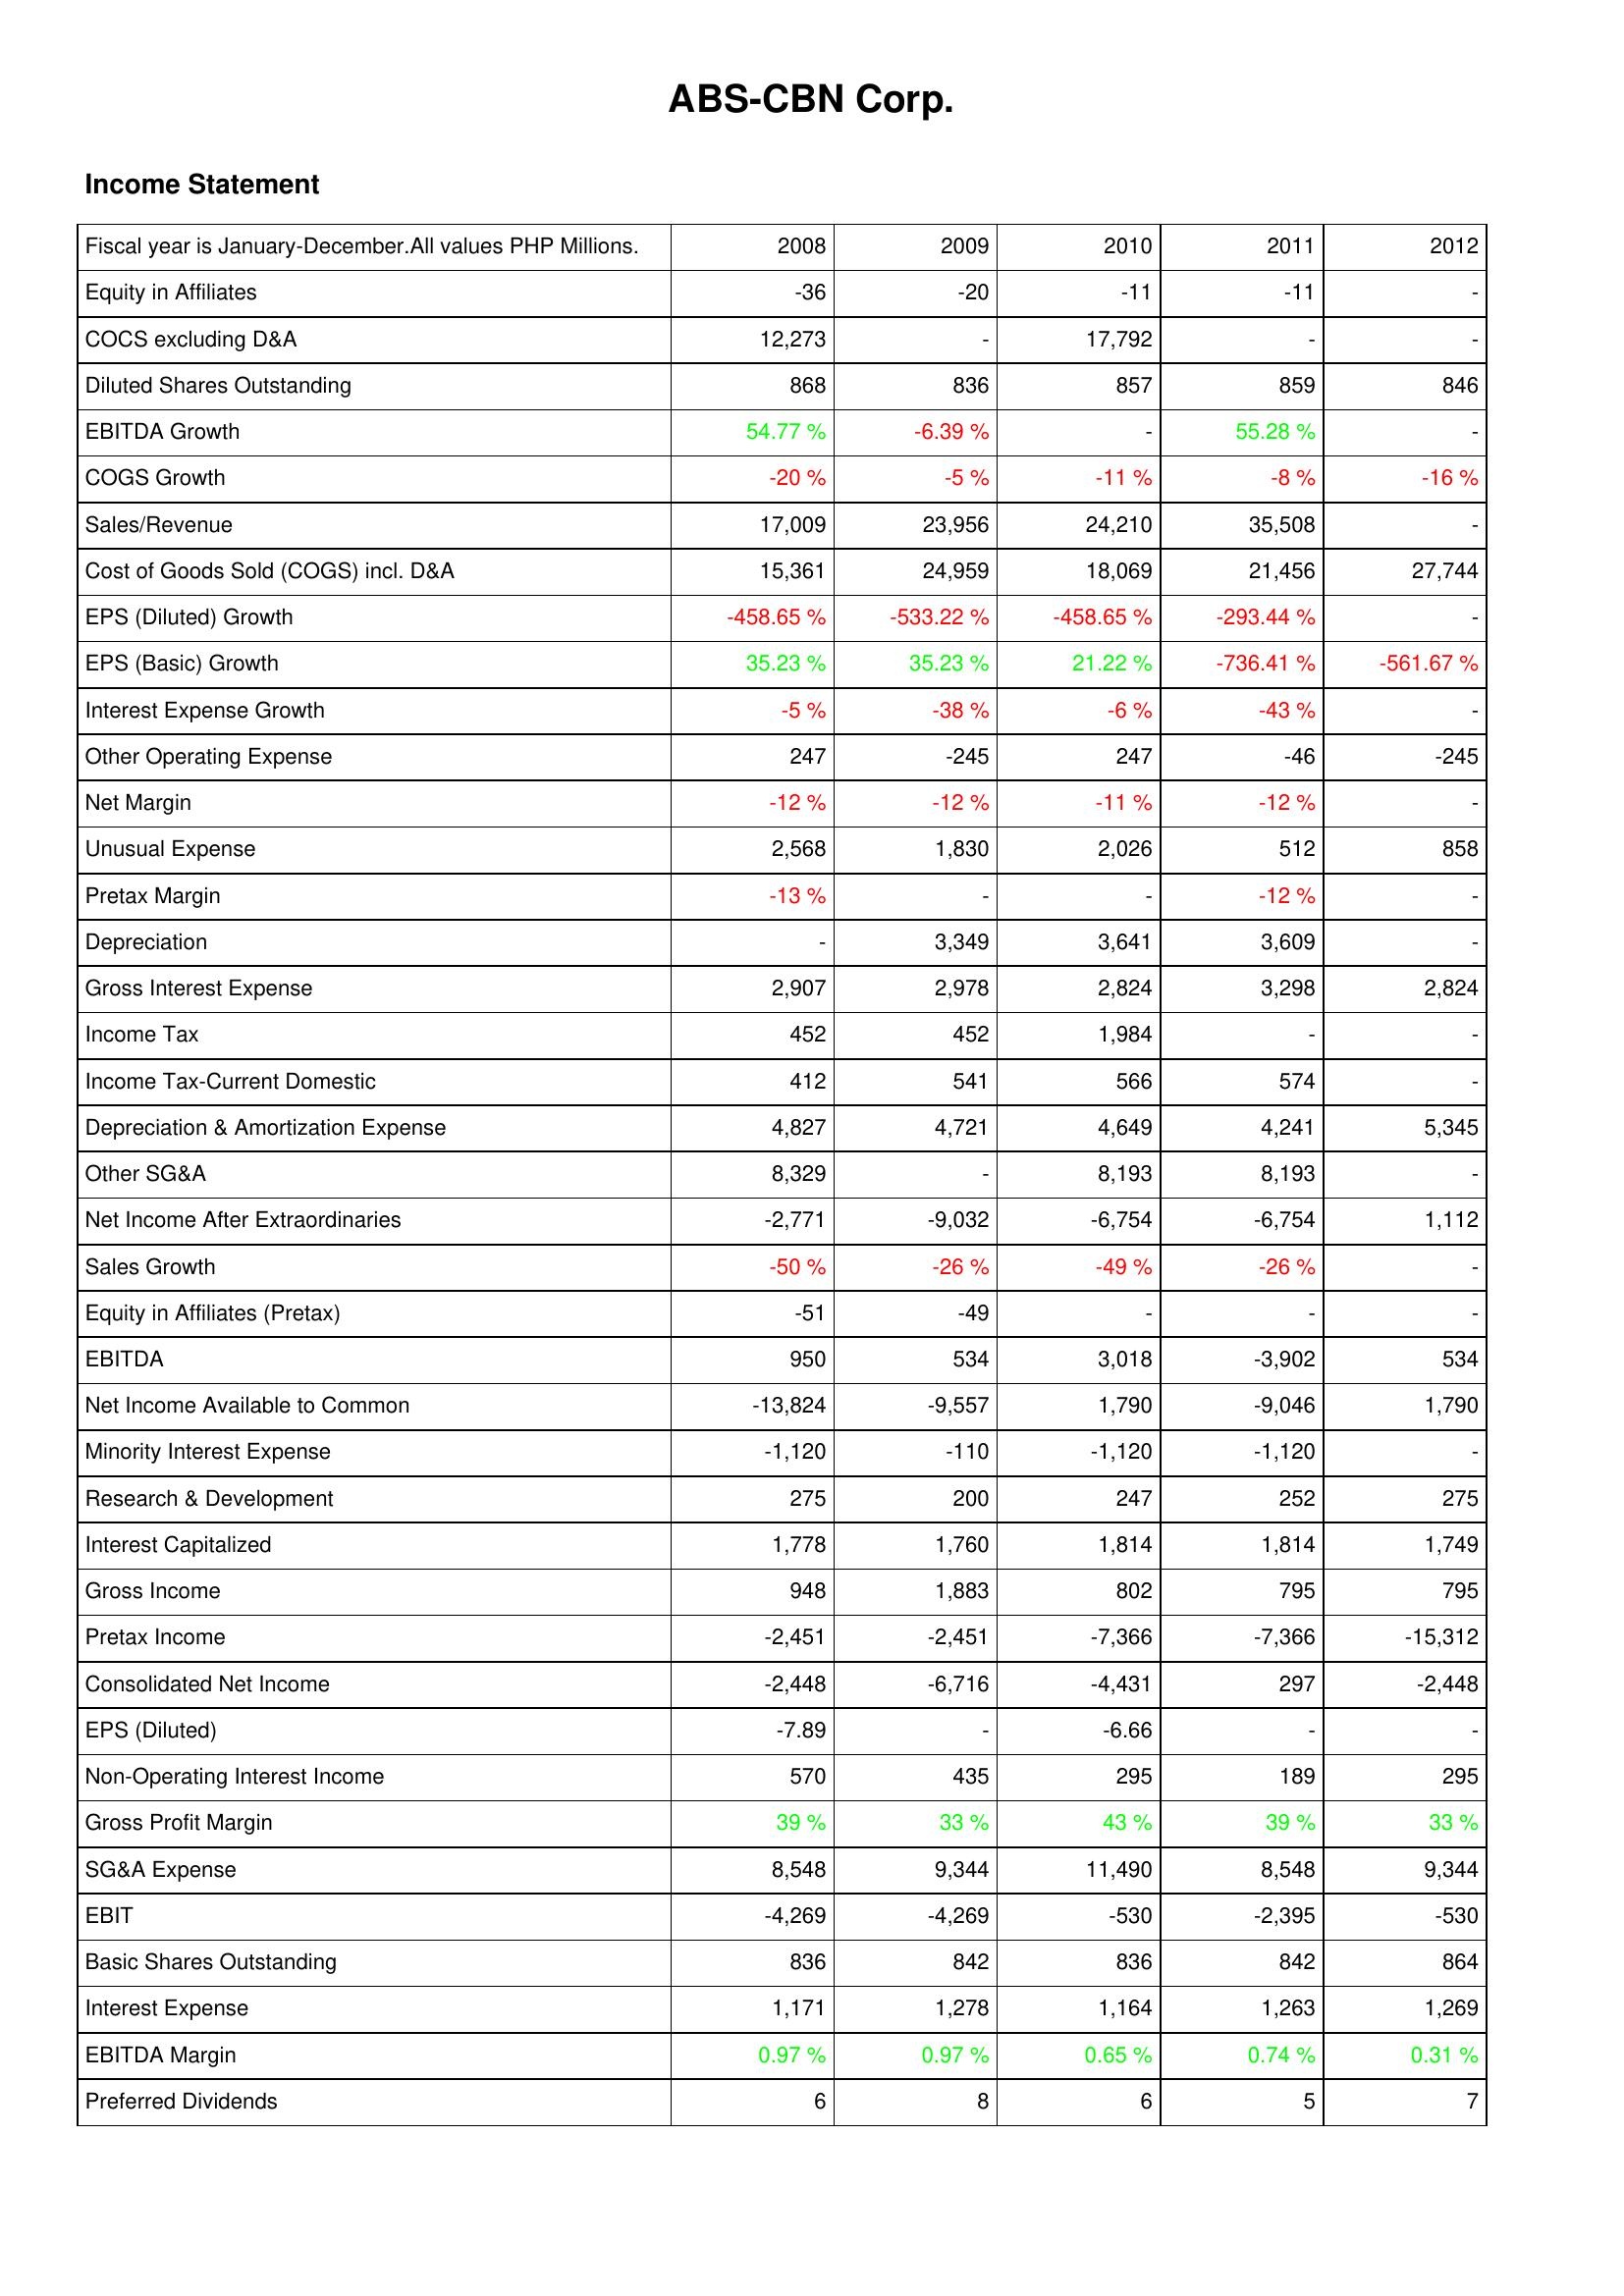
2008: Income Statement: Equity in Affiliates: -36
COCS excluding D&A: 12,273
Diluted Shares Outstanding: 868
EBITDA Growth: 54.77 %
COGS Growth: -20 %
Sales/Revenue: 17,009
Cost of Goods Sold (COGS) incl. D&A: 15,361
EPS (Diluted) Growth: -458.65 %
EPS (Basic) Growth: 35.23 %
Interest Expense Growth: -5 %
Other Operating Expense: 247
Net Margin: -12 %
Unusual Expense: 2,568
Pretax Margin: -13 %
Depreciation: -
Gross Interest Expense: 2,907
Income Tax: 452
Income Tax-Current Domestic: 412
Depreciation & Amortization Expense: 4,827
Other SG&A: 8,329
Net Income After Extraordinaries: -2,771
Sales Growth: -50 %
Equity in Affiliates (Pretax): -51
EBITDA: 950
Net Income Available to Common: -13,824
Minority Interest Expense: -1,120
Research & Development: 275
Interest Capitalized: 1,778
Gross Income: 948
Pretax Income: -2,451
Consolidated Net Income: -2,448
EPS (Diluted): -7.89
Non-Operating Interest Income: 570
Gross Profit Margin: 39 %
SG&A Expense: 8,548
EBIT: -4,269
Basic Shares Outstanding: 836
Interest Expense: 1,171
EBITDA Margin: 0.97 %
Preferred Dividends: 6
2009: Income Statement: Equity in Affiliates: -20
COCS excluding D&A: -
Diluted Shares Outstanding: 836
EBITDA Growth: -6.39 %
COGS Growth: -5 %
Sales/Revenue: 23,956
Cost of Goods Sold (COGS) incl. D&A: 24,959
EPS (Diluted) Growth: -533.22 %
EPS (Basic) Growth: 35.23 %
Interest Expense Growth: -38 %
Other Operating Expense: -245
Net Margin: -12 %
Unusual Expense: 1,830
Pretax Margin: -
Depreciation: 3,349
Gross Interest Expense: 2,978
Income Tax: 452
Income Tax-Current Domestic: 541
Depreciation & Amortization Expense: 4,721
Other SG&A: -
Net Income After Extraordinaries: -9,032
Sales Growth: -26 %
Equity in Affiliates (Pretax): -49
EBITDA: 534
Net Income Available to Common: -9,557
Minority Interest Expense: -110
Research & Development: 200
Interest Capitalized: 1,760
Gross Income: 1,883
Pretax Income: -2,451
Consolidated Net Income: -6,716
EPS (Diluted): -
Non-Operating Interest Income: 435
Gross Profit Margin: 33 %
SG&A Expense: 9,344
EBIT: -4,269
Basic Shares Outstanding: 842
Interest Expense: 1,278
EBITDA Margin: 0.97 %
Preferred Dividends: 8
2010: Income Statement: Equity in Affiliates: -11
COCS excluding D&A: 17,792
Diluted Shares Outstanding: 857
EBITDA Growth: -
COGS Growth: -11 %
Sales/Revenue: 24,210
Cost of Goods Sold (COGS) incl. D&A: 18,069
EPS (Diluted) Growth: -458.65 %
EPS (Basic) Growth: 21.22 %
Interest Expense Growth: -6 %
Other Operating Expense: 247
Net Margin: -11 %
Unusual Expense: 2,026
Pretax Margin: -
Depreciation: 3,641
Gross Interest Expense: 2,824
Income Tax: 1,984
Income Tax-Current Domestic: 566
Depreciation & Amortization Expense: 4,649
Other SG&A: 8,193
Net Income After Extraordinaries: -6,754
Sales Growth: -49 %
Equity in Affiliates (Pretax): -
EBITDA: 3,018
Net Income Available to Common: 1,790
Minority Interest Expense: -1,120
Research & Development: 247
Interest Capitalized: 1,814
Gross Income: 802
Pretax Income: -7,366
Consolidated Net Income: -4,431
EPS (Diluted): -6.66
Non-Operating Interest Income: 295
Gross Profit Margin: 43 %
SG&A Expense: 11,490
EBIT: -530
Basic Shares Outstanding: 836
Interest Expense: 1,164
EBITDA Margin: 0.65 %
Preferred Dividends: 6
2011: Income Statement: Equity in Affiliates: -11
COCS excluding D&A: -
Diluted Shares Outstanding: 859
EBITDA Growth: 55.28 %
COGS Growth: -8 %
Sales/Revenue: 35,508
Cost of Goods Sold (COGS) incl. D&A: 21,456
EPS (Diluted) Growth: -293.44 %
EPS (Basic) Growth: -736.41 %
Interest Expense Growth: -43 %
Other Operating Expense: -46
Net Margin: -12 %
Unusual Expense: 512
Pretax Margin: -12 %
Depreciation: 3,609
Gross Interest Expense: 3,298
Income Tax: -
Income Tax-Current Domestic: 574
Depreciation & Amortization Expense: 4,241
Other SG&A: 8,193
Net Income After Extraordinaries: -6,754
Sales Growth: -26 %
Equity in Affiliates (Pretax): -
EBITDA: -3,902
Net Income Available to Common: -9,046
Minority Interest Expense: -1,120
Research & Development: 252
Interest Capitalized: 1,814
Gross Income: 795
Pretax Income: -7,366
Consolidated Net Income: 297
EPS (Diluted): -
Non-Operating Interest Income: 189
Gross Profit Margin: 39 %
SG&A Expense: 8,548
EBIT: -2,395
Basic Shares Outstanding: 842
Interest Expense: 1,263
EBITDA Margin: 0.74 %
Preferred Dividends: 5
2012: Income Statement: Equity in Affiliates: -
COCS excluding D&A: -
Diluted Shares Outstanding: 846
EBITDA Growth: -
COGS Growth: -16 %
Sales/Revenue: -
Cost of Goods Sold (COGS) incl. D&A: 27,744
EPS (Diluted) Growth: -
EPS (Basic) Growth: -561.67 %
Interest Expense Growth: -
Other Operating Expense: -245
Net Margin: -
Unusual Expense: 858
Pretax Margin: -
Depreciation: -
Gross Interest Expense: 2,824
Income Tax: -
Income Tax-Current Domestic: -
Depreciation & Amortization Expense: 5,345
Other SG&A: -
Net Income After Extraordinaries: 1,112
Sales Growth: -
Equity in Affiliates (Pretax): -
EBITDA: 534
Net Income Available to Common: 1,790
Minority Interest Expense: -
Research & Development: 275
Interest Capitalized: 1,749
Gross Income: 795
Pretax Income: -15,312
Consolidated Net Income: -2,448
EPS (Diluted): -
Non-Operating Interest Income: 295
Gross Profit Margin: 33 %
SG&A Expense: 9,344
EBIT: -530
Basic Shares Outstanding: 864
Interest Expense: 1,269
EBITDA Margin: 0.31 %
Preferred Dividends: 7